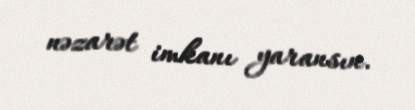
nəzarət imkanı yaransın.